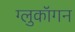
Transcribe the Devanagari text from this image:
ग्लुकॉगन